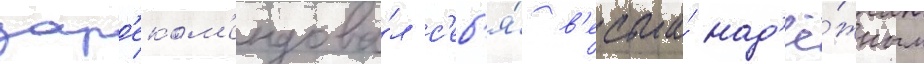
зар'еком'ендова́л с'еб'я́ в'есьма́ над'ё́жным